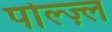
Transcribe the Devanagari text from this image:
पोल्ज़्ल